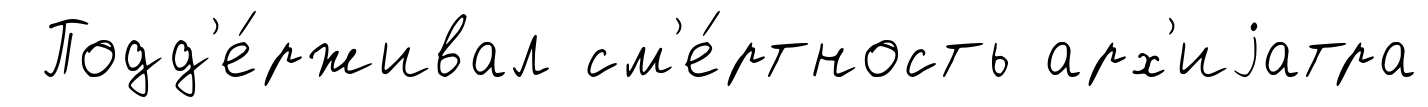
Подд'е́рживал см'е́ртность арх'иjатра